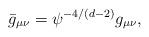
LaTeX: \begin{align*}\bar g_{\mu\nu}= \psi^{-4/(d-2)} g_{\mu\nu},\end{align*}